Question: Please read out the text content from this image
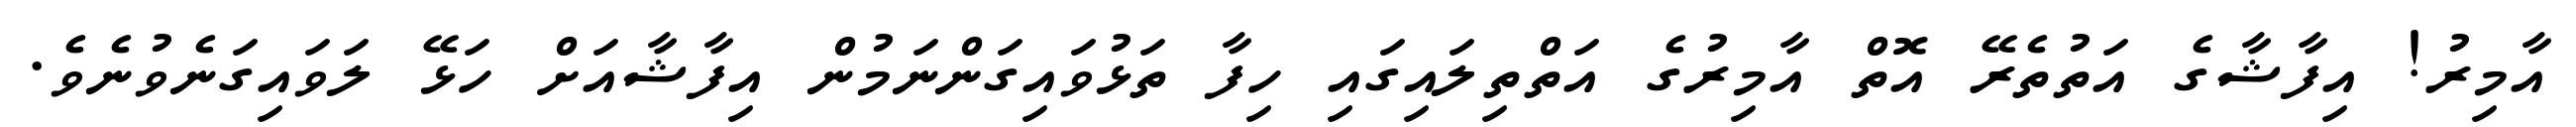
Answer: އާމިރު! އިފާޝާގެ އަތުތެރޭ އޮތް އާމިރުގެ އަތްތިލައިގައި ހިފާ ތަޅުވައިގަންނަމުން އިފާޝާއަށް ހަޅޭ ލަވައިގަނެވުނެވެ.